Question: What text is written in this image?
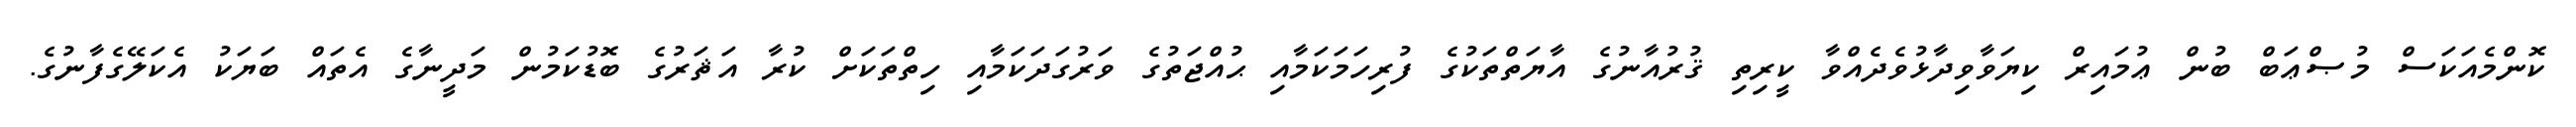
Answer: ކޮންމެއަކަސް މުޞްޢަބް ބުން ޢުމައިރް ކިޔަވާވިދާޅުވެދެއްވާ ކީރިތި ޤުރުއާނުގެ އާޔަތްތަކުގެ ފުރިހަމަކަމާއި ޙުއްޖަތުގެ ވަރުގަދަކަމާއި ހިތްތަކަށް ކުރާ އަޘަރުގެ ބޮޑުކަމުން މަދީނާގެ އެތައް ބަޔަކު އެކަލޭގެފާނުގެ.